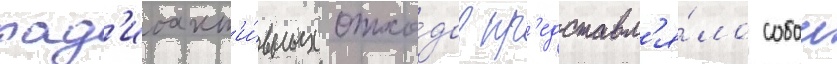
рад'иоакт'и́вных отхо́дов пр'едставл'я́ло собои